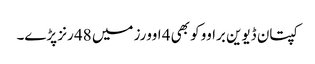
کپتان ڈیوین براوو کو بھی 4 اوورز میں 48 رنز پڑے۔